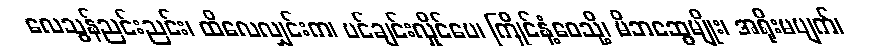
လေသွန်ညင်းညင်း၊ ထိလေလျှင်းက၊ ပင်ချင်းလှိုင်ပေ၊ ကြိုင်နံ့ဝေသို့၊ မိဘဆွေမျိုး၊ အရိုးမပျက်၊